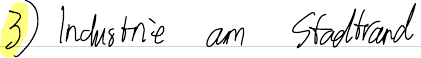
3) Industrie am Stadtrand